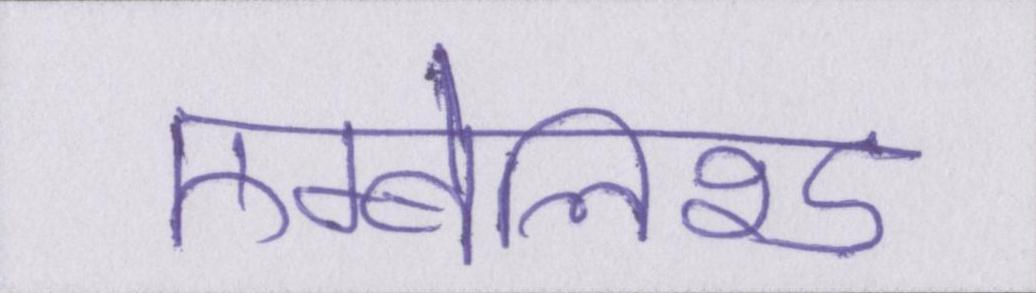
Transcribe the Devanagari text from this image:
एम्बेलिश्ड